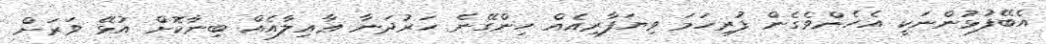
އެބޭފުޅުންނަކީ އެހެންވެގެން ފުރިހަމަ ވިޔަފާރިއެއް ހިންގޭނެ ހަރުދަނާ ޢާއިލާއެއް ބިނާކޮށް އުޅޭ ވަރަށް